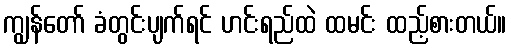
ကျွန်တော် ခံတွင်းပျက်ရင် ဟင်းရည်ထဲ ထမင်း ထည့်စားတယ်။